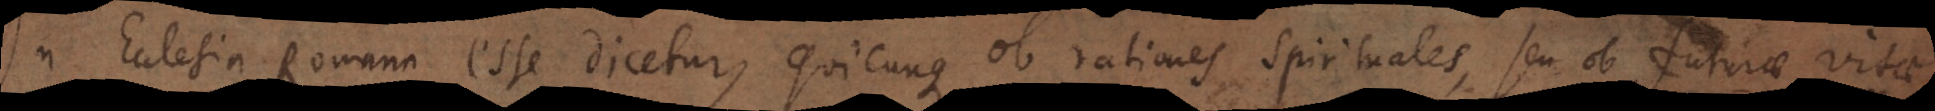
In Ecclesia Romana esse dicetur, quicunque ob rationes spirituales, seu ob futurae vitae